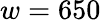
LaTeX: w=650